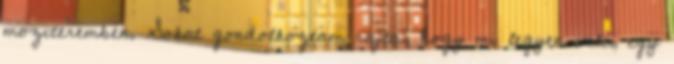
moziteremben. Sokat gondolkoztam rajta, hogy mi legyen vele, egy